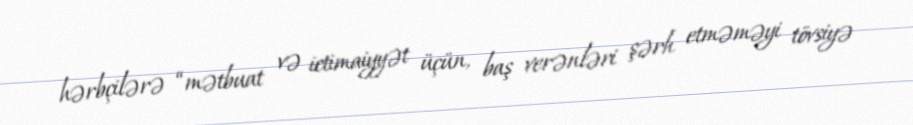
hərbçilərə “mətbuat və ictimaiyyət üçün, baş verənləri şərh etməməyi tövsiyə